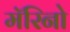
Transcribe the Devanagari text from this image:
मॅरिनो